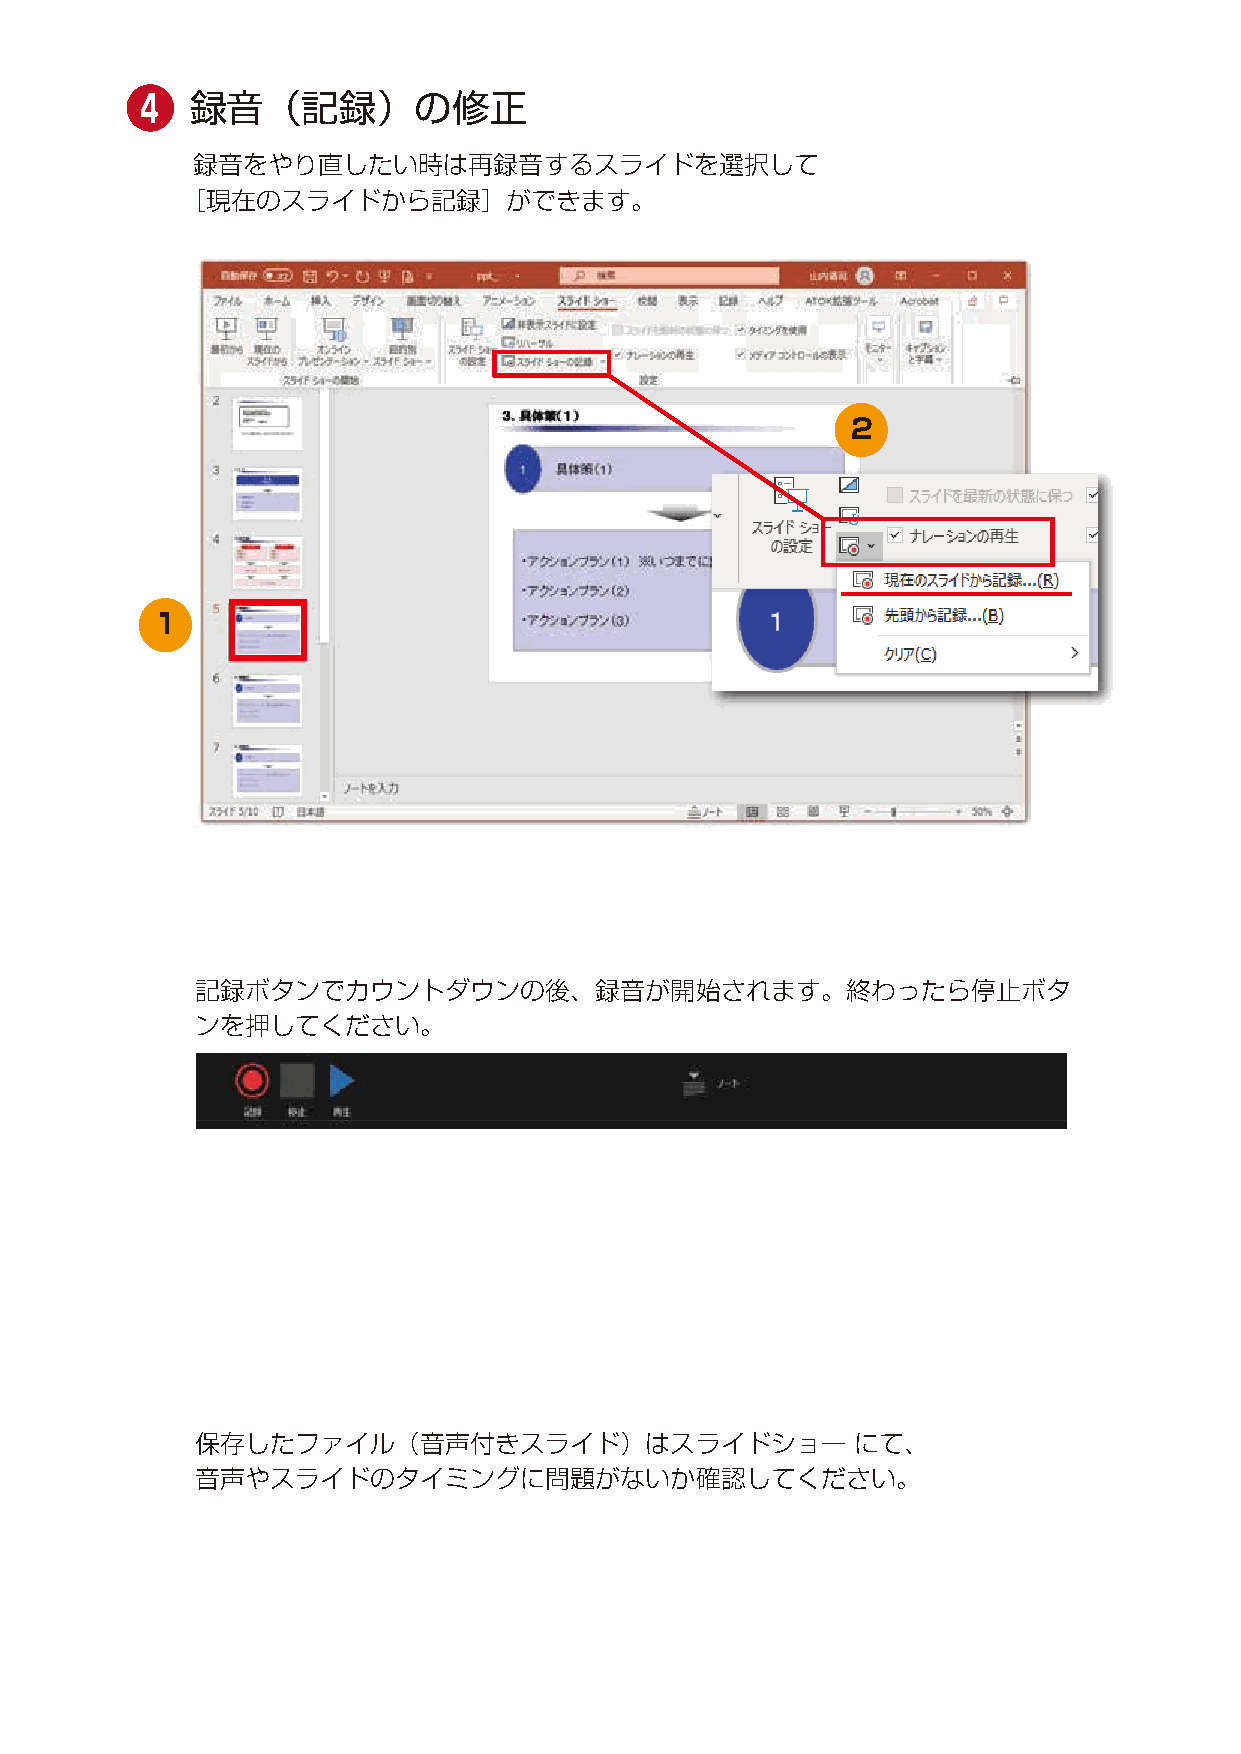
❹    録音（記録）の修正
 録音をやり直したい時は再録音するスライドを選択して
 ［現在のスライドから記録］ができます。
 2
 1
 記録ボタンでカウントダウンの後、録音が開始されます。終わったら停止ボタ
 ンを押してください。
 保存したファイル（音声付きスライド）はスライドショー                 にて、
 音声やスライドのタイミングに問題がないか確認してください。